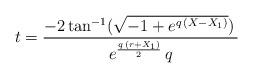
LaTeX: \begin{align*}t = {{-2\,{\rm tan}^{-1} ({\sqrt{-1 + {e^{q\,\left( X - { X_1} \right) }}}})\,{ }}\over {{e^{{{q\,\left( r + { X_1} \right) }\over 2}}}\,q}}\end{align*}